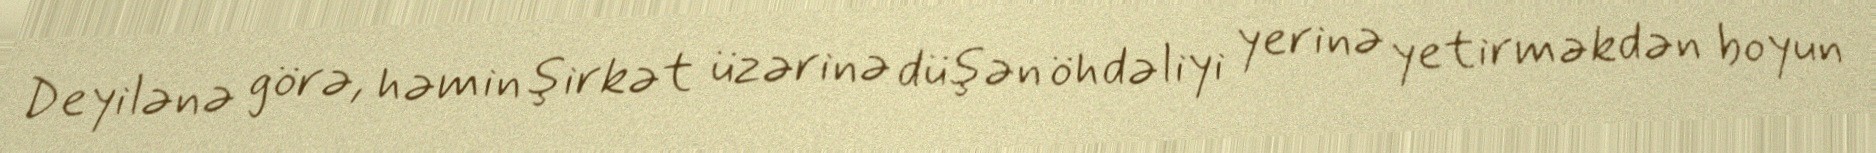
Deyilənə görə, həmin şirkət üzərinə düşən öhdəliyi yerinə yetirməkdən boyun